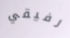
رفيقي